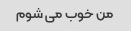
من خوب می شوم